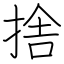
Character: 捨